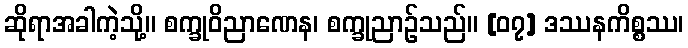
ဆိုရာအခါကဲ့သို့။ စက္ခုဝိညာဏေန၊ စက္ခုညာဉ်သည်။ [၀၇] ဒဿနကိစ္စဿ၊